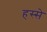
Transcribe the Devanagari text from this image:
हस्से